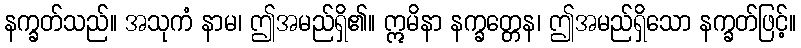
နက္ခတ်သည်။ အသုကံ နာမ၊ ဤအမည်ရှိ၏။ ဣမိနာ နက္ခတ္တေန၊ ဤအမည်ရှိသော နက္ခတ်ဖြင့်။